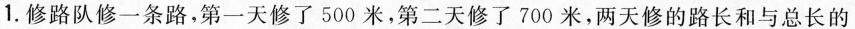
1.修路队修一条路，第一天修了500米，第二天修了700米，两天修的路长和与总长的